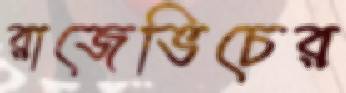
রাজেভিচের